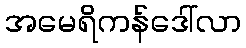
အမေရိကန်ဒေါ်လာ